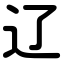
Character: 辽